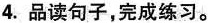
4.品读句子，完成练习。